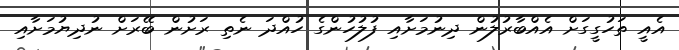
އެއީ ތަހުގީގަށް އެއްބާރުލުން ދިނުމަށާއި ފުލުހުންގެ ހުއްދަ ނެތި ރަށުން ބޭރަށް ނުދިޔުމަށާއި